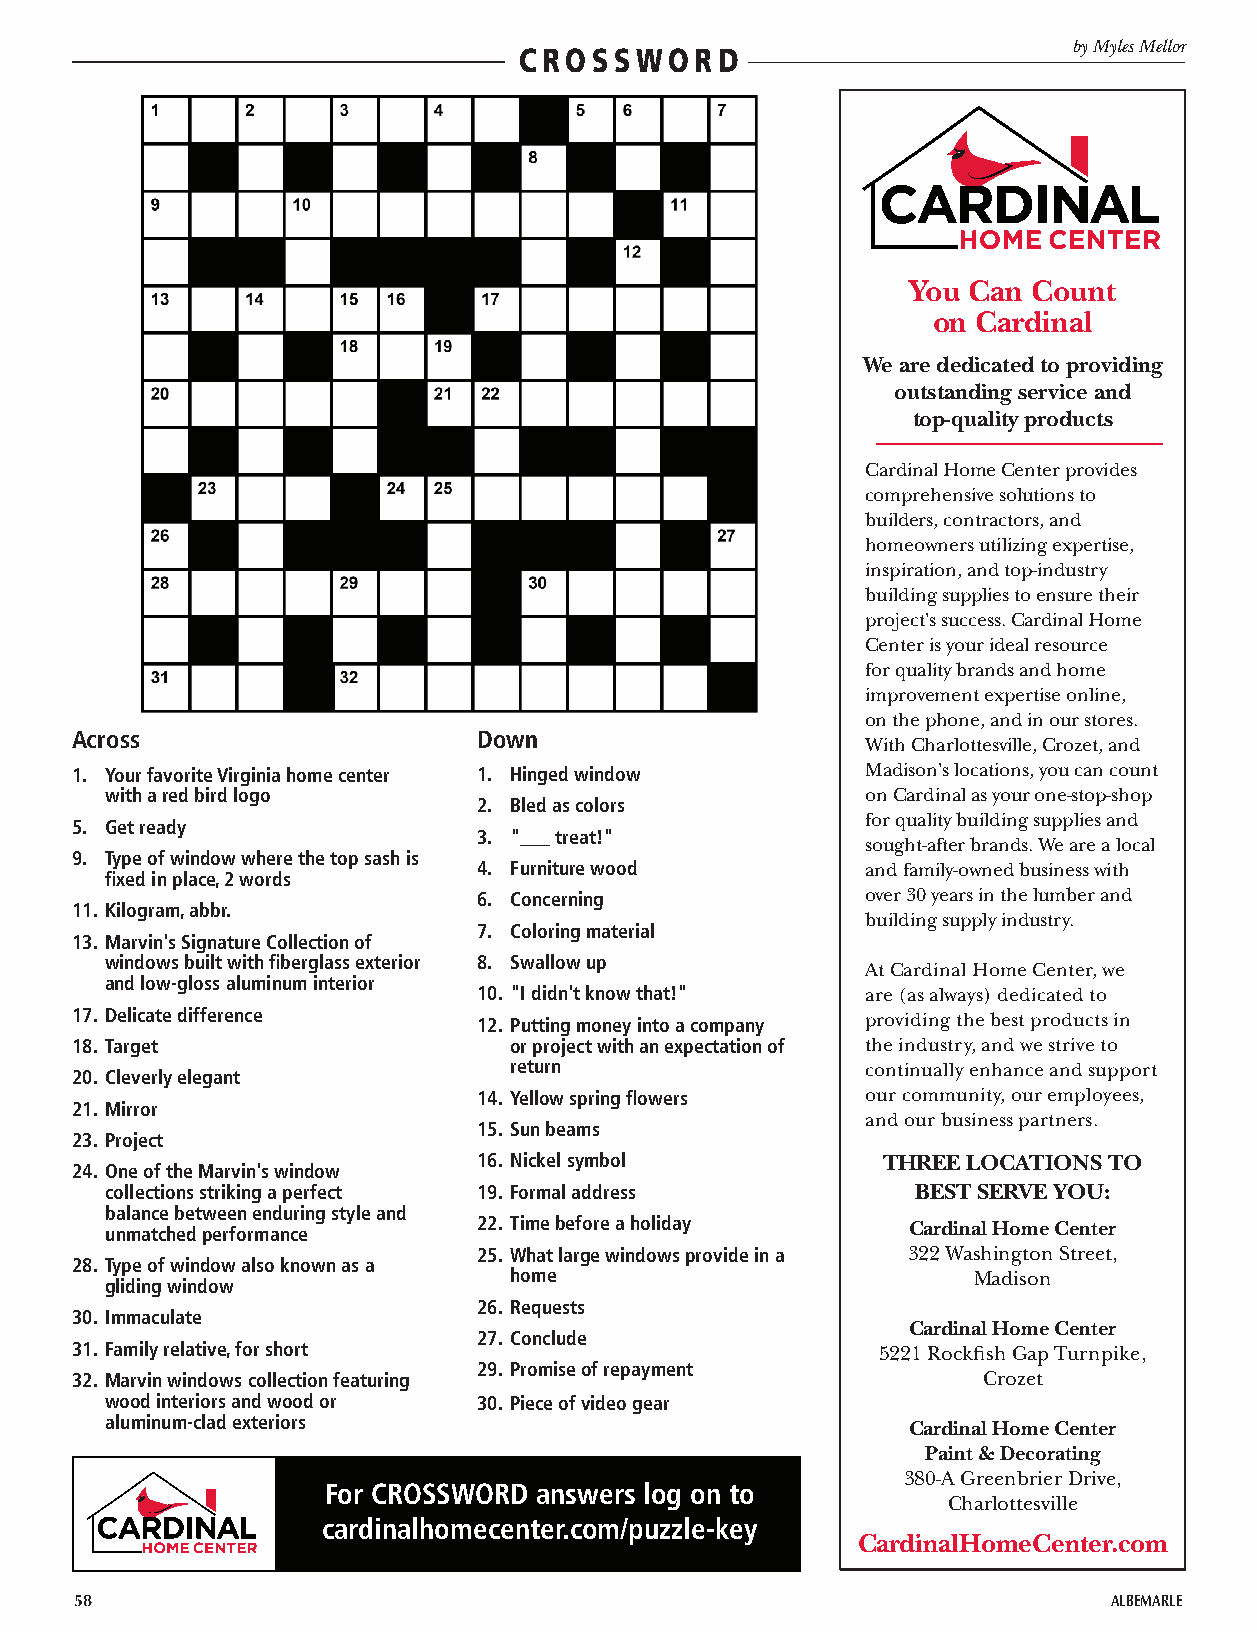
by Myles Mellor
 CROSSWORD
 You Can Count
 on Cardinal
 We are dedicated to providing
 outstanding service and
 top-quality products
 Cardinal Home Center provides
 comprehensive solutions to
 builders, contractors, and
 homeowners utilizing expertise,
 inspiration, and top-industry
 building supplies to ensure their
 project's success. Cardinal Home
 Center is your ideal resource
 for quality brands and home
 improvement expertise online,
 on the phone, and in our stores.
 Across                     Down
 With Charlottesville, Crozet, and
 1. Your favorite Virginia home center 1. Hinged window Madison's locations, you can count
 with a red bird logo                              on Cardinal as your one-stop-shop
 2. Bled as colors
 for quality building supplies and
 5. Get ready
 3. "___ treat!"
 sought-after brands. We are a local
 9. Type of window where the top sash is
 4. Furniture wood        and family-owned business with
 fixed in place, 2 words
 6. Concerning            over 30 years in the lumber and
 11. Kilogram, abbr.
 building supply industry.
 7. Coloring material
 13. Marvin's Signature Collection of
 windows built with fiberglass exterior 8. Swallow up
 At Cardinal Home Center, we
 and low-gloss aluminum interior
 10. "I didn't know that!" are (as always) dedicated to
 17. Delicate difference    12. Putting money into a company providing the best products in
 18. Target                   or project with an expectation of the industry, and we strive to
 return                 continually enhance and support
 20. Cleverly elegant
 14. Yellow spring flowers our community, our employees,
 21. Mirror
 and our business partners.
 15. Sun beams
 23. Project
 16. Nickel symbol         THREE LOCATIONS TO
 24. One of the Marvin's window
 collections striking a perfect 19. Formal address     BEST SERVE YOU:
 balance between enduring style and
 22. Time before a holiday   Cardinal Home Center
 unmatched performance
 25. What large windows provide in a 322 Washington Street,
 28. Type of window also known as a
 home                          Madison
 gliding window
 26. Requests
 30. Immaculate
 Cardinal Home Center
 27. Conclude
 31. Family relative, for short                       5221 Rockfish Gap Turnpike,
 29. Promise of repayment
 32. Marvin windows collection featuring                     Crozet
 wood interiors and wood or 30. Piece of video gear
 aluminum-clad exteriors                              Cardinal Home Center
 Paint & Decorating
 380-A Greenbrier Drive,
 For CROSSWORD answers log on to
 Charlottesville
 cardinalhomecenter.com/puzzle-key
 CardinalHomeCenter.com
 58                                                                   ALBEMARLE